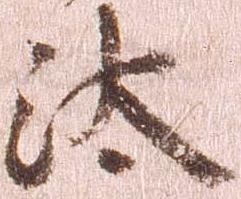
汰